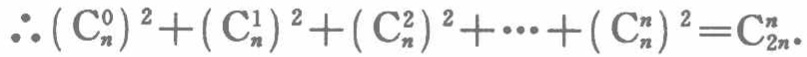
\(\therefore (\mathrm{C}_{n}^{0})^{2}+(\mathrm{C}_{n}^{1})^{2}+(\mathrm{C}_{n}^{2})^{2}+\cdots+(\mathrm{C}_{n}^{n})^{2}=\mathrm{C}_{2n}^{n}\)